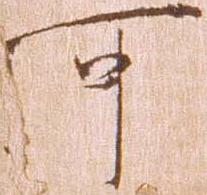
可